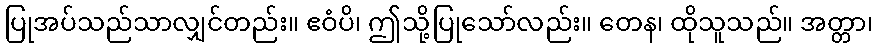
ပြုအပ်သည်သာလျှင်တည်း။ ဧဝံပိ၊ ဤသို့ပြုသော်လည်း။ တေန၊ ထိုသူသည်။ အတ္တာ၊